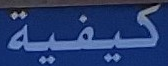
كيفية